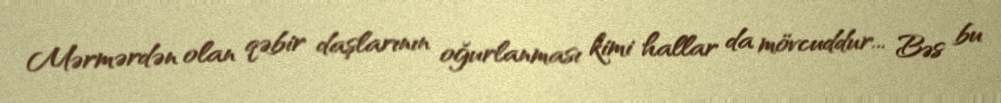
Mərmərdən olan qəbir daşlarının oğurlanması kimi hallar da mövcuddur... Bəs bu